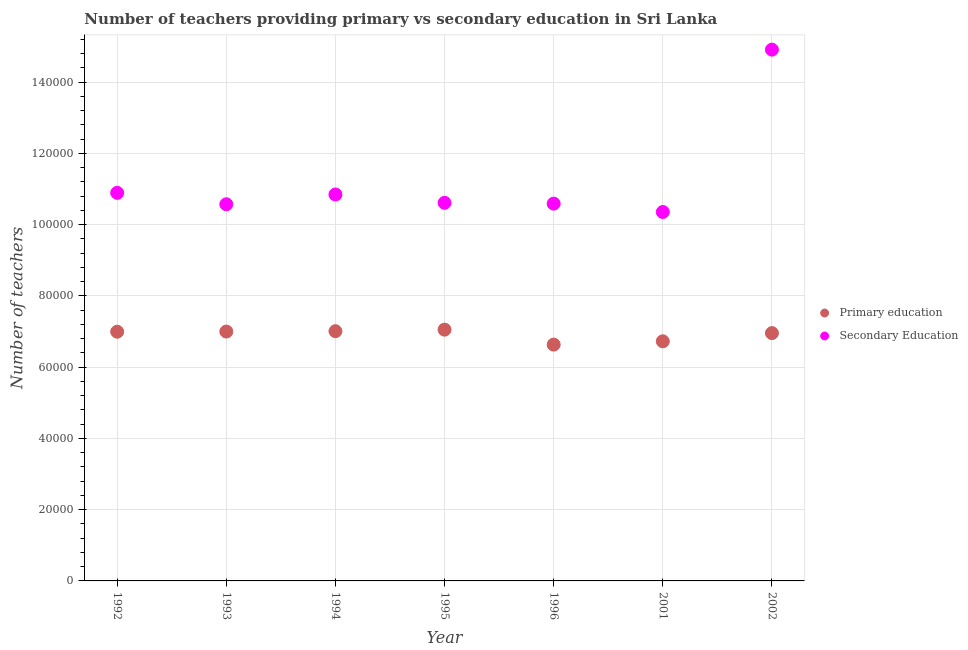
| Year | Primary education | Secondary Education |
 | --- | --- | --- |
 | 1992 | 7e+04 | 1.09e+05 |
 | 1993 | 7e+04 | 1.06e+05 |
 | 1994 | 7.01e+04 | 1.08e+05 |
 | 1995 | 7.05e+04 | 1.06e+05 |
 | 1996 | 6.63e+04 | 1.06e+05 |
 | 2001 | 6.73e+04 | 1.04e+05 |
 | 2002 | 6.96e+04 | 1.49e+05 |